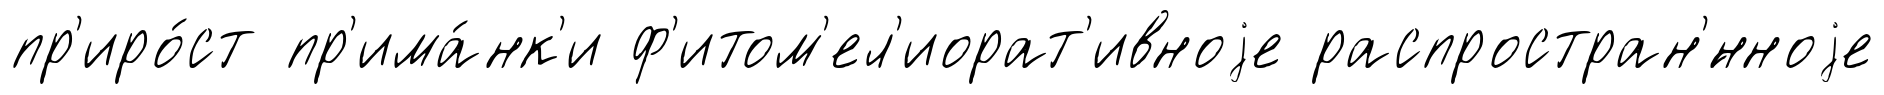
пр'иро́ст пр'има́нк'и ф'итом'ел'иорат'ивноjе распростран'́нноjе